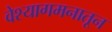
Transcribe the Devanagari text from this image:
वेश्यागमनातून